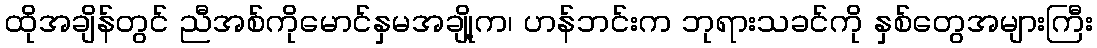
ထိုအချိန်တွင် ညီအစ်ကိုမောင်နှမအချို့က၊ ဟန်ဘင်းက ဘုရားသခင်ကို နှစ်တွေအများကြီး